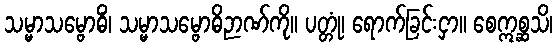
သမ္မာသမ္ဗောဓိံ၊ သမ္မာသမ္ဗောဓိဉာဏ်ကို။ ပတ္တုံ၊ ရောက်ခြင်းငှာ။ စေဣစ္ဆသိ၊